Statistics compiled by the Government of India from the reports of provincial Civil Veterinary Departments
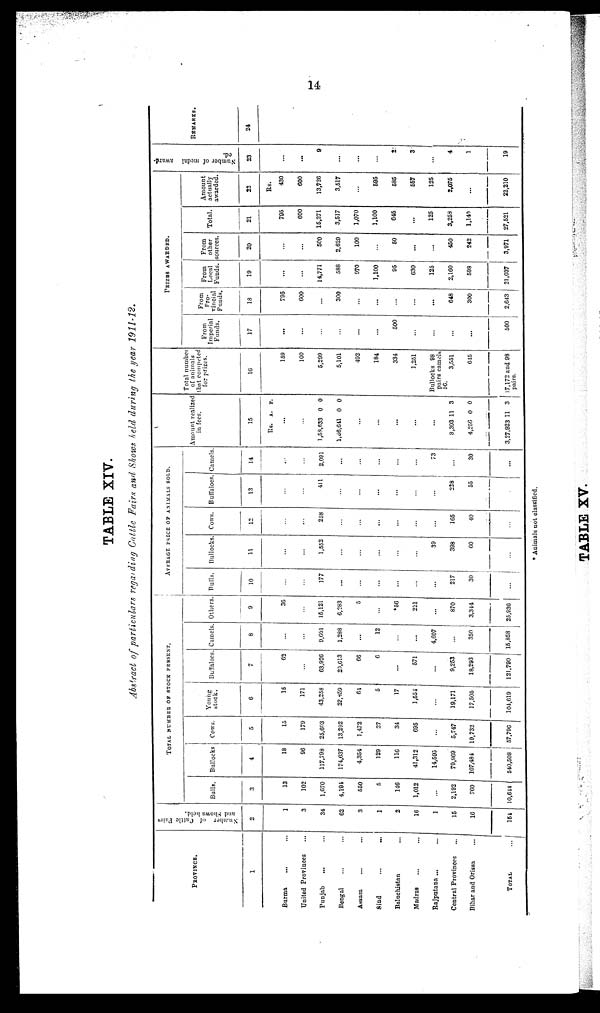
14
TABLE XIV.
Abstract of particulars regarding Cattle Fairs and Shows held during the year 1911-12.
PROVINCE.
1
Burma ... ...
United Provinces ...
Punjab
...
Bengal ... ...
Assam ... ...
Sind ... ...
Baluchistan ...
Madras ... ...
Rajputana ...
...
Central Provinces ...
Bihar and Orissa ...
TOTAL
...
Number
of Cattle Fairs
and Shows held.
2
1
3
34
62
3
1
2
16
1
15
16
154
TOTAL NUMBER OF STOCK PRESENT.
Bulls.
3
13
102
1,670
4,194
550
5
146
1,012
...
2,192
760
10,644
Bullocks
4
18
96
117,798
174,637
4,354
129
116
41,312
14,595
79,969
107,484
540,508
Cows.
5
15
179
25,603
13,292
1,472
27
34
695
...
5,747
10,732
57,796
Young
stock.
6
15
171
43,258
22,859
64
5
17
1,554
...
19,171
17,505
104,619
Buffaloes
7
62
...
63,.926
29,613
66
6
...
571
...
9,253
18,293
121,790
Camels
8
...
...
9,601
1,288
...
12
...
...
4,607
...
350
15,858
Others.
9
36
...
15,121
6,283
5
...
*56
221
...
870
3,344
25,936
AVERAGE PRICE OF ANIMALS SOLD.
Bulls.
10
...
...
177
...
...
...
...
...
...
217
30
...
Bullocks
11
...
...
1,552
...
...
...
...
...
39
398
60
...
Cows.
12
...
...
258
...
...
...
...
...
...
165
40
...
Buffaloes
13
...
...
411
...
...
...
...
...
...
228
55
Camels.
14
...
...
2,091
...
...
...
...
...
73
...
30
...
Amount realized
in fees.
15
Rs.
...
...
1,53,633
l,66,641
...
...
...
...
...
8,393
4,256
3,27,923
A.
0
0
11
0
11
P.
0
0
3
0
3
Total number
of animals
that competed
for prizes.
16
159
100
5,299
5,101
492
184
334
1,251
Bullocks 98
pairs camels
56.
3,551
645
17,172 and 98
pairs.
PRIZES AWARDED.
From
Imperial
Funds.
17
...
...
...
...
...
...
500
...
...
...
...
500
From
Pro-
vincial
Funds.
18
795
600
...
300
...
...
...
...
...
648
300
2,643
From
Local
Funds.
19
...
...
14,771
588
970
1,100
95
630
125
2,160
598
21,037
From
other
sources.
20
...
...
500
2,629
100
...
50
...
...
450
242
3,971
Total.
21
795
600
15,271
3,517
1,070
1,100
645
...
125
3,258
1,140
27,521
Amount
actually
awarded.
22
Rs.
430
600
13,726
3,517
...
595
585
557
125
2,075
...
22,210
Number
of medal award-
ed.
23
...
...
9
...
...
...
2
3
...
4
1
19
REMARKS.
24
* Animals not classified.